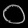
Digit: ၀